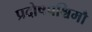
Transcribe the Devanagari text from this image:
प्रदोषपश्चिमौ